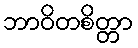
ဘာဝိတစိတ္တာ